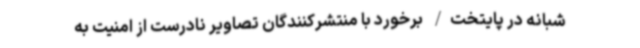
شبانه در پایتخت/ برخورد با منتشرکنندگان تصاویر نادرست از امنیت به